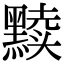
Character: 黩